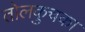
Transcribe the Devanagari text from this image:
तोलकुचका